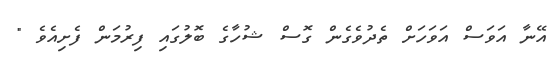
އޭނާ އަވަސް އަވަހަށް ތެދުވެގެން ގޮސް ޝުހާގެ ބޮލުގައި ފިރުމަން ފެށިއެވެ "